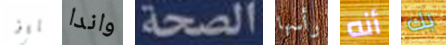
بايز واندا الصحة رأسها أنه بك